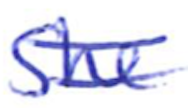
Text: She
Cross-out: double-line
Writing tool: ballpoint